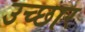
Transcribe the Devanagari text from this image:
उच्छार